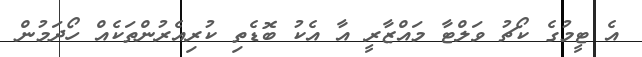
އެ ޓީމުގެ ކޯޗު ވަލްޓާ މައްޒާރީ އާ އެކު ބޮޑެތި ކުރިއެރުންތަކެއް ހޯދަމުން